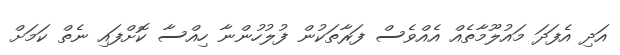
އަދި އެފަދަ މައުލޫމާތެއް އެއްވެސް ފަރާތަކުން ފުލުހުންނާ ހިއްސާ ކޮށްފައި ނެތް ކަމަށް